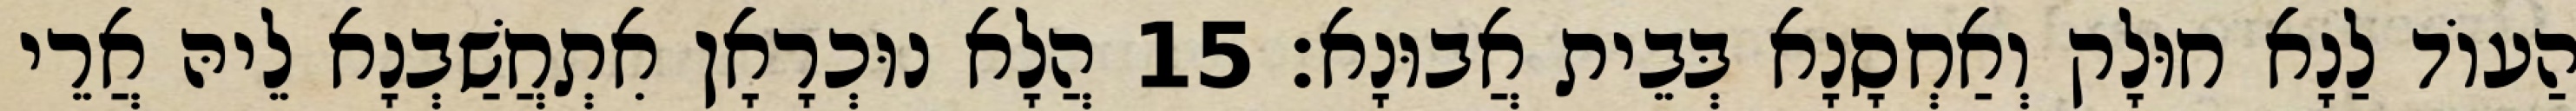
הַעוֹד לַנָא חוּלָק וְאַחְסָנָא בְּבֵית אֲבוּנָא׃ 15 הֲלָא נוּכְרָאָן אִתְחֲשַׁבְנָא לֵיהּ אֲרֵי